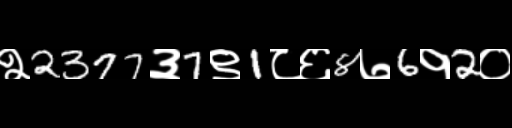
Text: २2377३7९1८६8७6१2०